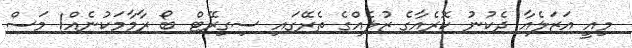
މިއީ އަޒަލެއާ ދެކުނު ކޮރެއާގެ ޒުލެއްގެ ތެރޭގައި ސިގިރޭޓް ބޯ ރާމާމަކުނެއް1 މަސް